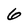
Character: 6